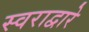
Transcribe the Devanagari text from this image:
स्वराद्वारे